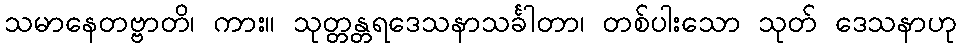
သမာနေတဗ္ဗာတိ၊ ကား။ သုတ္တန္တရဒေသနာသင်္ခါတာ၊ တစ်ပါးသော သုတ် ဒေသနာဟု